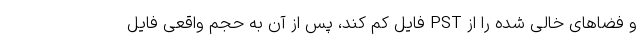
و فضاهای خالی شده را از PST فایل کم کند، پس از آن به حجم واقعی فایل